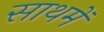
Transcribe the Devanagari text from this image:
साथमें